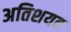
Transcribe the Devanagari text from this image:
अतिशयव